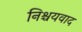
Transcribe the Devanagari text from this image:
निश्चयवाद